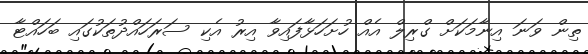
ތިން ވަނަ އިނާމަކަށް ގްރިލް އެއް ހުށަހަޅާފައިވާ އިރު އެކި ސަރަހައްދުތަކުގައި ބަހައްޓާ